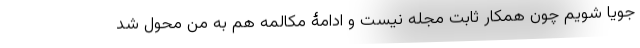
جویا شویم چون همکار ثابت مجله نیست و ادامۀ مکالمه هم به من محول شد